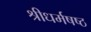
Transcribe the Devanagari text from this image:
श्रीधर्मषष्ठ